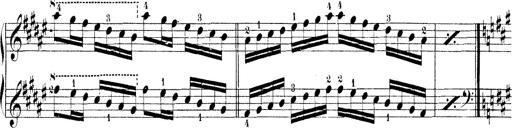
Title: Technische Studien
Composer: Franz Liszt